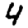
Digit: 4